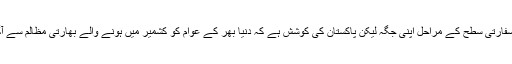
ان کے بقول سفارتی سطح کے مراحل اپنی جگہ لیکن پاکستان کی کوشش ہے کہ دنیا بھر کے عوام کو کشمیر میں ہونے والے بھارتی مظالم سے آگاہ کیا جائے۔